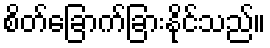
စိတ်ခြောက်ခြားနိုင်သည်။